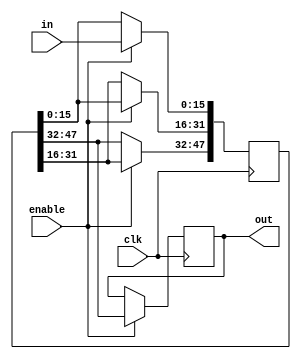
// two of this stuff is used for one top module.

module shifter #(
  parameter LENGTH = 3,
  parameter DATA_WIDTH = 16
) (
  input clk,
  input enable,
  input [DATA_WIDTH-1 : 0] in,
  output reg [DATA_WIDTH-1 : 0] out = 0
);
  reg [DATA_WIDTH*LENGTH-1 : 0] inner_shifters = 0;
  integer i;
  always @(posedge clk ) begin
    if (enable) begin
      inner_shifters[DATA_WIDTH-1 : 0] <= in;
      out <= inner_shifters[DATA_WIDTH*LENGTH-1 -: DATA_WIDTH];
      for (i=1; i<LENGTH; i=i+1) 
        inner_shifters[DATA_WIDTH*(i+1) - 1 -: DATA_WIDTH] 
        <= inner_shifters[DATA_WIDTH*i - 1 -: DATA_WIDTH];
    end else begin
      out <= out;
      inner_shifters <= inner_shifters;
    end
  end  
endmodule

module triangle_shifter_array #(
  parameter HIGHT = 32,
  parameter DATA_WIDTH = 16 
) (
  input clk,
  input enable,
  input [DATA_WIDTH*HIGHT-1 : 0] in,
  output [DATA_WIDTH*HIGHT-1 : 0] out
);
  reg [DATA_WIDTH-1:0] lowest = 0;
  genvar i;
  assign out[DATA_WIDTH-1 -: DATA_WIDTH] = lowest;
  always @(posedge clk) 
    lowest <= in[DATA_WIDTH-1 -: DATA_WIDTH];
  generate for( i = 1; i< HIGHT; i=i+1) begin
      shifter #(i, DATA_WIDTH) shifter (clk, enable, in[DATA_WIDTH*(i+1)-1 -: DATA_WIDTH], out[DATA_WIDTH*(i+1)-1 -: DATA_WIDTH]);
  end endgenerate
endmodule